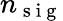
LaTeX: n_{\mathrm{~s~i~g~}}